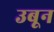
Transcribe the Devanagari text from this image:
उबून